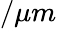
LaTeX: /\mu m